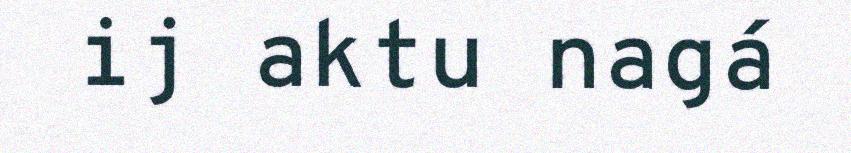
ij aktu nagá